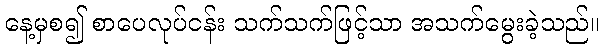
နေ့မှစ၍ စာပေလုပ်ငန်း သက်သက်ဖြင့်သာ အသက်မွေးခဲ့သည်။